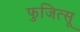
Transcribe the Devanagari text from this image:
फुजित्सू